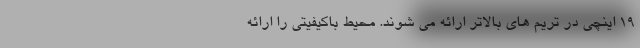
19 اینچی در تریم های بالاتر ارائه می شوند. محیط باکیفیتی را ارائه